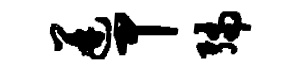
迸甲编